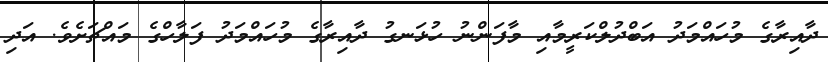
ދާއިރާގެ މުހައްމަދު އަބްދުލްކަރީމާއި މާފަންނު ހުޅަނގު ދާއިރާގެ މުހައްމަދު ފަލާހްގެ މައްޗަށެވެ. އަދި